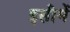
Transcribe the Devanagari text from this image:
इसीमें